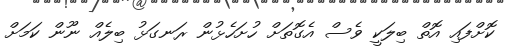
ކޮށްފައި އޮތް ބިލަކީ ވެސް އެގޮތަށް ހުށަހެޅުން ރަނގަޅު ބިލެއް ނޫން ކަމަށް